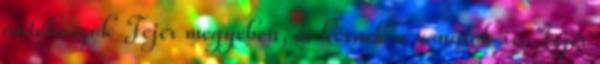
autóbuszok Fejér megyében, és késnek a vonatok is. Fejér